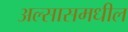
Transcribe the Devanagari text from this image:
अल्सासमधील